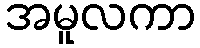
အမူလကာ